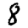
Digit: 8